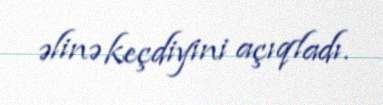
əlinə keçdiyini açıqladı.